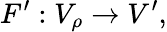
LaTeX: F^{\prime}:V_{\rho}\to V^{\prime},